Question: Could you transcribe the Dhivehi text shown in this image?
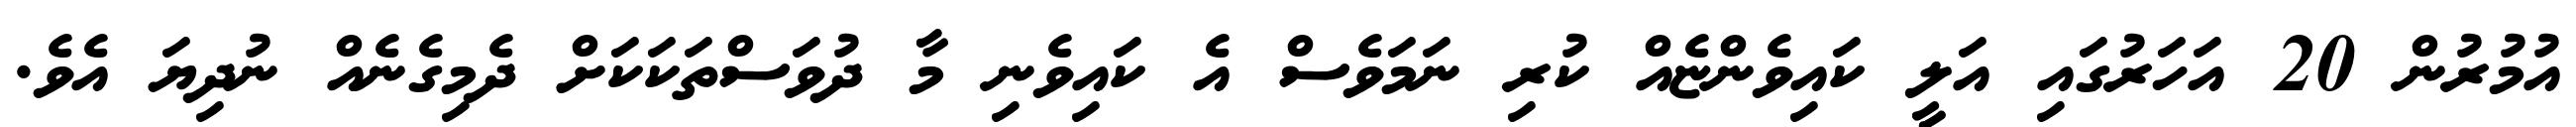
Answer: އުމުރުން 20 އަހަރުގައި އަލީ ކައިވެންޏެއް ކުރި ނަމަވެސް އެ ކައިވެނި މާ ދުވަސްތަކަކަށް ދެމިގެނެއް ނުދިޔަ އެވެ.